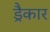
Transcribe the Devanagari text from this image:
ड्रैकार